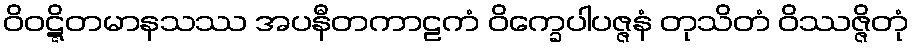
ဝိဝဋ္ဋိတမာနသဿ အပနီတကာဠကံ ဝိက္ခေပါပဇ္ဇနံ တုသိတံ ဝိဿဇ္ဇိတုံ